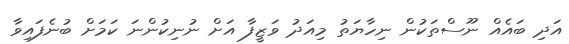
އަދި ބައެއް ނޫސްތަކުން ނިހާޔަތު މިއަދު ވަޒީފާ އަށް ނުނިކުންނަ ކަމަށް ބުނެފައިވާ